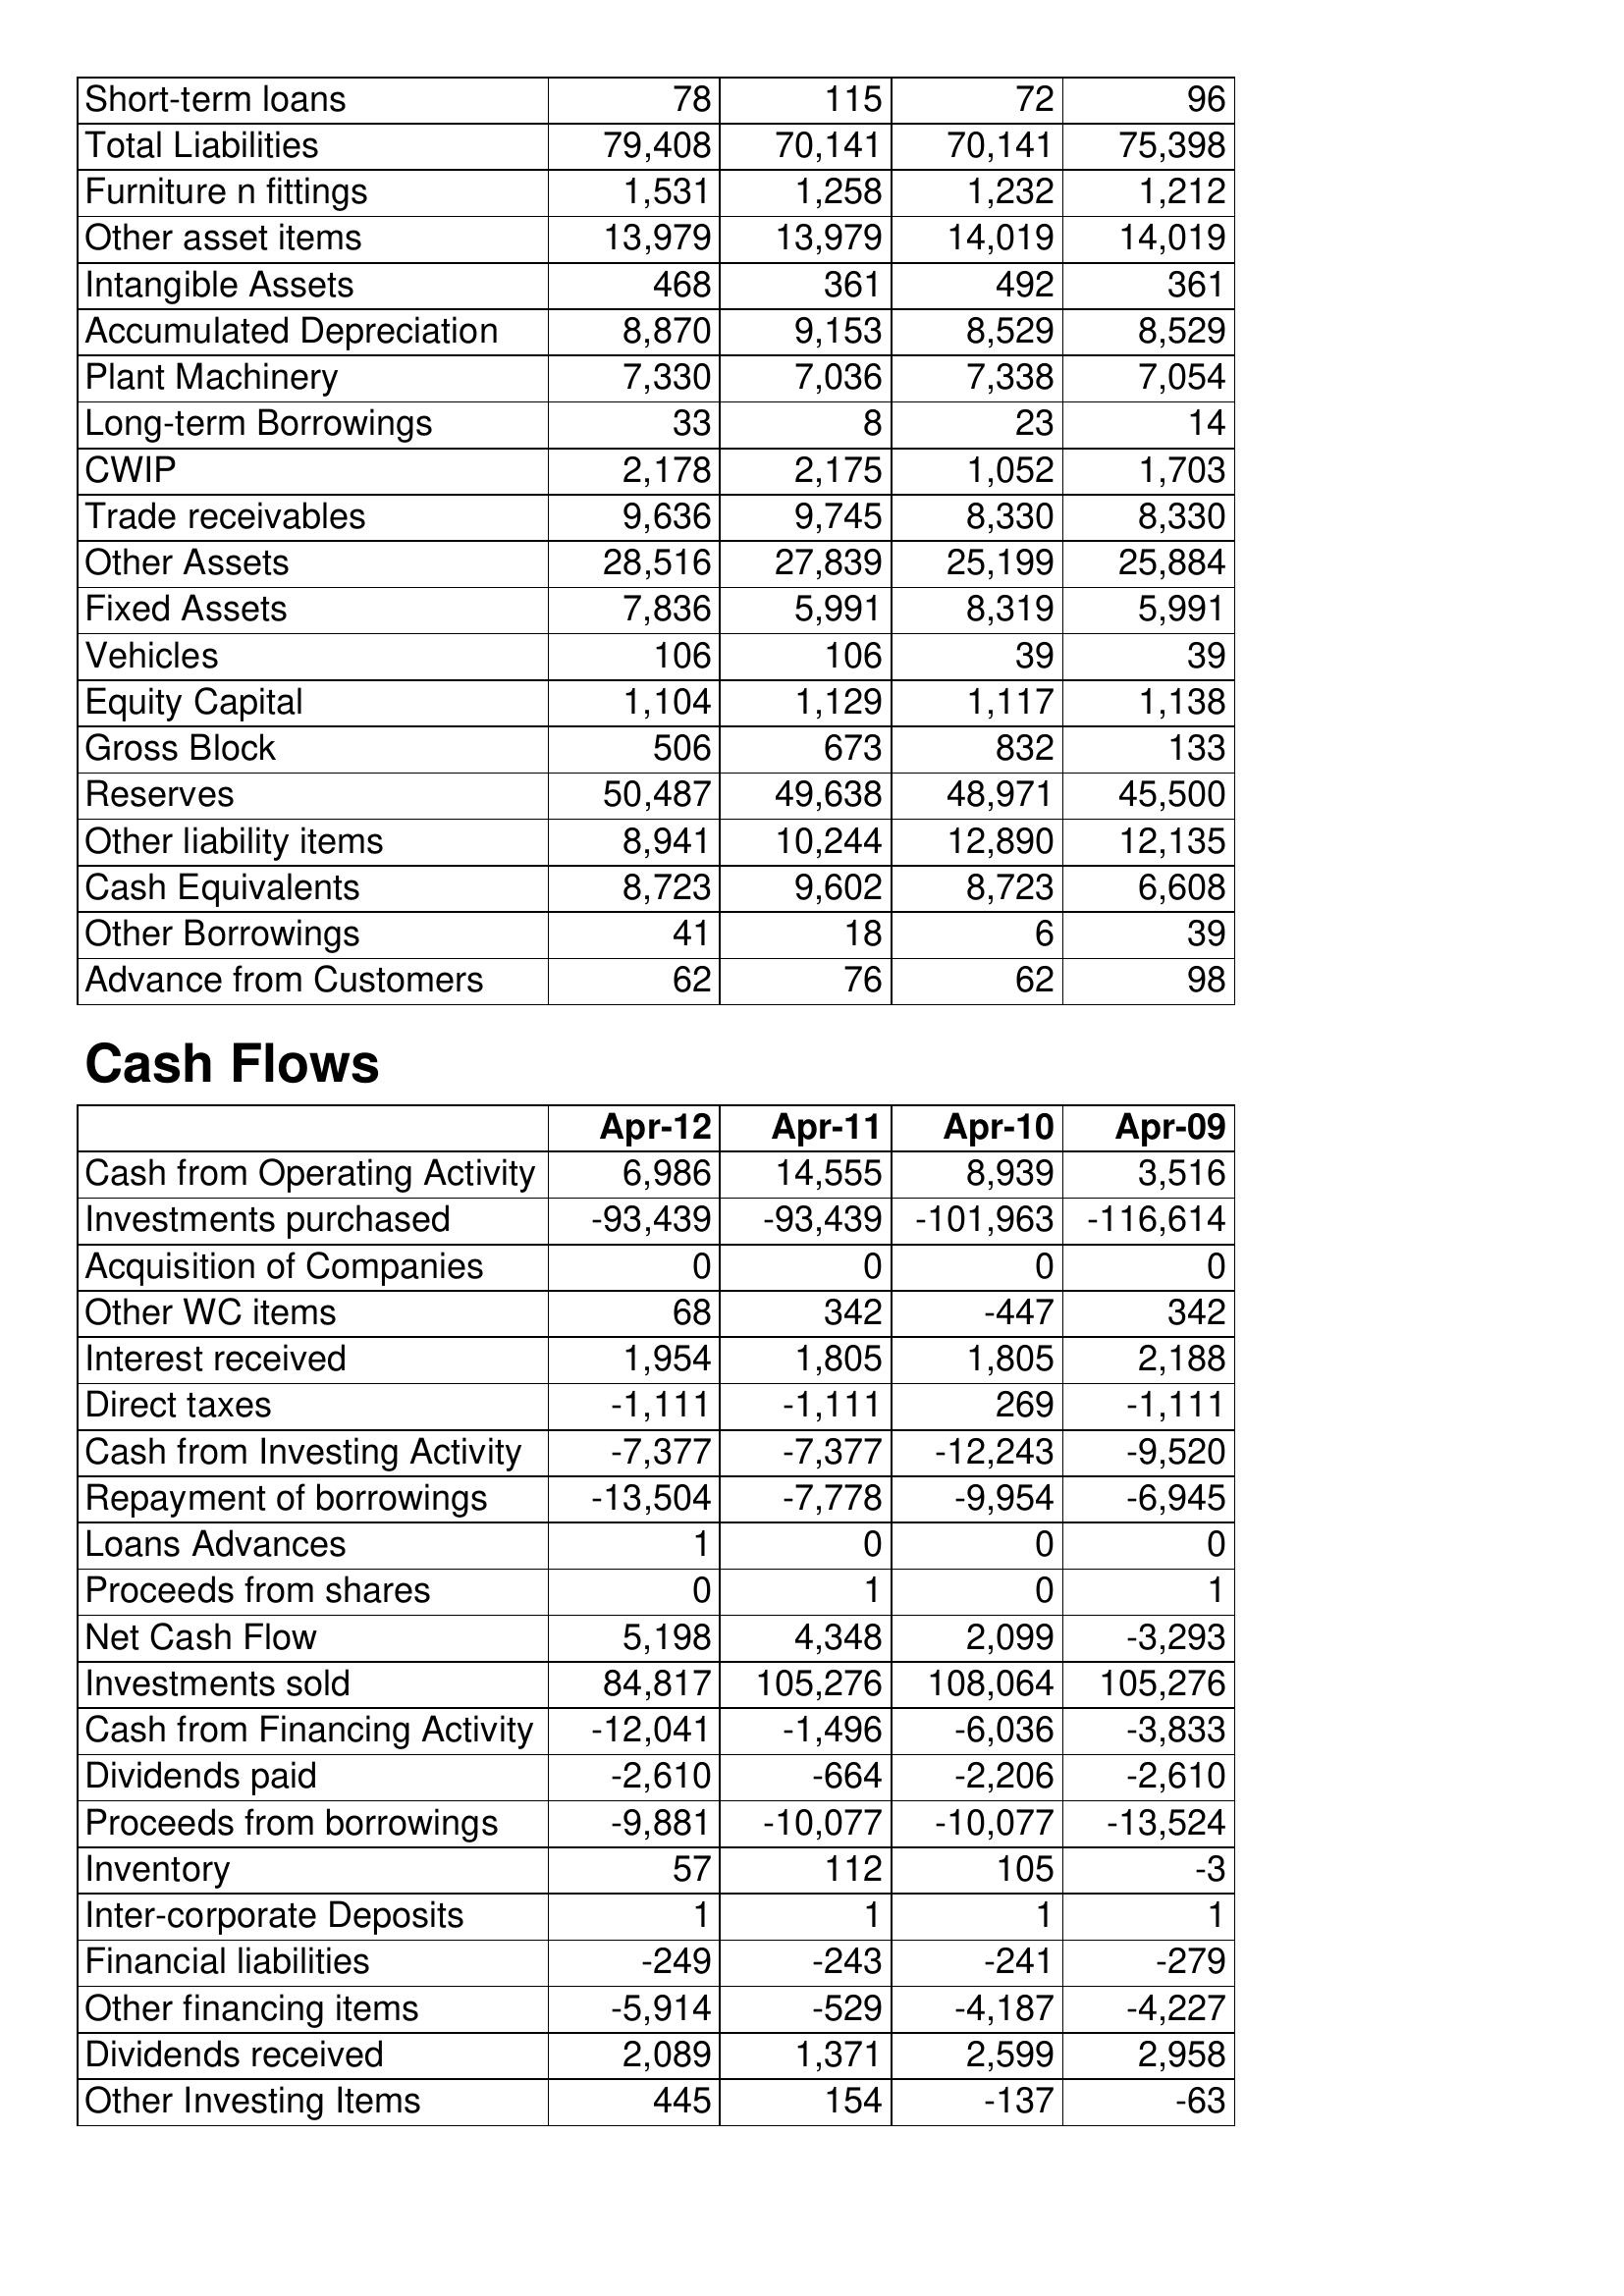
Apr-12: Balance Sheet: Short-term loans: 78
Total Liabilities: 79,408
Furniture n fittings: 1,531
Other asset items: 13,979
Intangible Assets: 468
Accumulated Depreciation: 8,870
Plant Machinery: 7,330
Long-term Borrowings: 33
CWIP: 2,178
Trade receivables: 9,636
Other Assets: 28,516
Fixed Assets: 7,836
Vehicles: 106
Equity Capital: 1,104
Gross Block: 506
Reserves: 50,487
Other liability items: 8,941
Cash Equivalents: 8,723
Other Borrowings: 41
Advance from Customers: 62
Cash Flows: Cash from Operating Activity: 6,986
Investments purchased: -93,439
Acquisition of Companies: 0
Other WC items: 68
Interest received: 1,954
Direct taxes: -1,111
Cash from Investing Activity: -7,377
Repayment of borrowings: -13,504
Loans Advances: 1
Proceeds from shares: 0
Net Cash Flow: 5,198
Investments sold: 84,817
Cash from Financing Activity: -12,041
Dividends paid: -2,610
Proceeds from borrowings: -9,881
Inventory: 57
Inter-corporate Deposits: 1
Financial liabilities: -249
Other financing items: -5,914
Dividends received: 2,089
Other Investing Items: 445
Apr-11: Balance Sheet: Short-term loans: 115
Total Liabilities: 70,141
Furniture n fittings: 1,258
Other asset items: 13,979
Intangible Assets: 361
Accumulated Depreciation: 9,153
Plant Machinery: 7,036
Long-term Borrowings: 8
CWIP: 2,175
Trade receivables: 9,745
Other Assets: 27,839
Fixed Assets: 5,991
Vehicles: 106
Equity Capital: 1,129
Gross Block: 673
Reserves: 49,638
Other liability items: 10,244
Cash Equivalents: 9,602
Other Borrowings: 18
Advance from Customers: 76
Cash Flows: Cash from Operating Activity: 14,555
Investments purchased: -93,439
Acquisition of Companies: 0
Other WC items: 342
Interest received: 1,805
Direct taxes: -1,111
Cash from Investing Activity: -7,377
Repayment of borrowings: -7,778
Loans Advances: 0
Proceeds from shares: 1
Net Cash Flow: 4,348
Investments sold: 105,276
Cash from Financing Activity: -1,496
Dividends paid: -664
Proceeds from borrowings: -10,077
Inventory: 112
Inter-corporate Deposits: 1
Financial liabilities: -243
Other financing items: -529
Dividends received: 1,371
Other Investing Items: 154
Apr-10: Balance Sheet: Short-term loans: 72
Total Liabilities: 70,141
Furniture n fittings: 1,232
Other asset items: 14,019
Intangible Assets: 492
Accumulated Depreciation: 8,529
Plant Machinery: 7,338
Long-term Borrowings: 23
CWIP: 1,052
Trade receivables: 8,330
Other Assets: 25,199
Fixed Assets: 8,319
Vehicles: 39
Equity Capital: 1,117
Gross Block: 832
Reserves: 48,971
Other liability items: 12,890
Cash Equivalents: 8,723
Other Borrowings: 6
Advance from Customers: 62
Cash Flows: Cash from Operating Activity: 8,939
Investments purchased: -101,963
Acquisition of Companies: 0
Other WC items: -447
Interest received: 1,805
Direct taxes: 269
Cash from Investing Activity: -12,243
Repayment of borrowings: -9,954
Loans Advances: 0
Proceeds from shares: 0
Net Cash Flow: 2,099
Investments sold: 108,064
Cash from Financing Activity: -6,036
Dividends paid: -2,206
Proceeds from borrowings: -10,077
Inventory: 105
Inter-corporate Deposits: 1
Financial liabilities: -241
Other financing items: -4,187
Dividends received: 2,599
Other Investing Items: -137
Apr-09: Balance Sheet: Short-term loans: 96
Total Liabilities: 75,398
Furniture n fittings: 1,212
Other asset items: 14,019
Intangible Assets: 361
Accumulated Depreciation: 8,529
Plant Machinery: 7,054
Long-term Borrowings: 14
CWIP: 1,703
Trade receivables: 8,330
Other Assets: 25,884
Fixed Assets: 5,991
Vehicles: 39
Equity Capital: 1,138
Gross Block: 133
Reserves: 45,500
Other liability items: 12,135
Cash Equivalents: 6,608
Other Borrowings: 39
Advance from Customers: 98
Cash Flows: Cash from Operating Activity: 3,516
Investments purchased: -116,614
Acquisition of Companies: 0
Other WC items: 342
Interest received: 2,188
Direct taxes: -1,111
Cash from Investing Activity: -9,520
Repayment of borrowings: -6,945
Loans Advances: 0
Proceeds from shares: 1
Net Cash Flow: -3,293
Investments sold: 105,276
Cash from Financing Activity: -3,833
Dividends paid: -2,610
Proceeds from borrowings: -13,524
Inventory: -3
Inter-corporate Deposits: 1
Financial liabilities: -279
Other financing items: -4,227
Dividends received: 2,958
Other Investing Items: -63